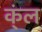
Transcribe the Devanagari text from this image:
क्ंल